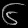
Digit: ၆